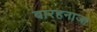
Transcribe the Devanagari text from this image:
बारहनाजा